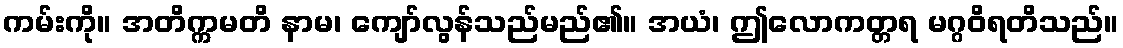
ကမ်းကို။ အတိက္ကမတိ နာမ၊ ကျော်လွန်သည်မည်၏။ အယံ၊ ဤလောကတ္တရ မဂ္ဂဝိရတိသည်။